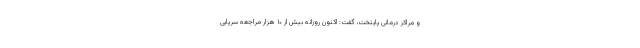
و مراکز درمانی پایتخت، گفت: اکنون روزانه بیش از ۱۰ هزار مراجعه سرپایی